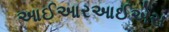
આઈઆરઆઈએસ